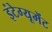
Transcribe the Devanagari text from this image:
इंटेग्यूमेंट